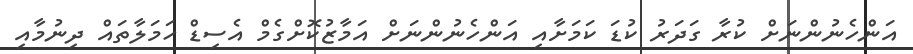
އަންހެނުންނަށް ކުރާ ގަދަރު ކުޑަ ކަމަށާއި އަންހެނުންނަށް އަމާޒުކޮށްގެމް އެސިޑް ހަމަލާތައް ދިނުމާއި